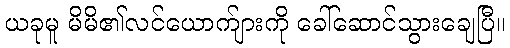
ယခုမူ မိမိ၏လင်ယောက်ျားကို ခေါ်ဆောင်သွားချေပြီ။